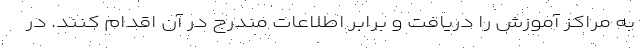
به مراکز آموزش را دریافت و برابر اطلاعات مندرج در آن اقدام کنند. در